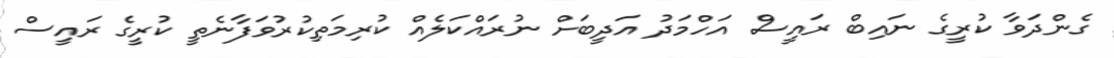
ގެންދަވާ ކުރީގެ ނައިބް ރައީސް އަހްމަދު އަދީބަށް ނުރައްކަލެއް ކުރިމަތިކުރުވަފާނެތީ ކުރީގެ ރައީސް